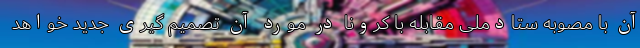
آن با مصوبه ستادملی مقابله با کرونا در مورد آن تصمیم گیری جدید خواهد